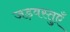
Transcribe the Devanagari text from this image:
जड़वस्तुएँ